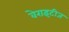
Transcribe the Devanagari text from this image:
वेराइटीज